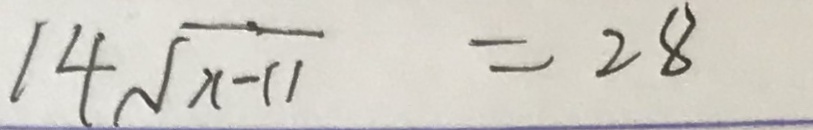
1 4 \sqrt { x - 1 1 } = 2 8